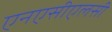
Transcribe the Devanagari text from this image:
एनएसीएलसी